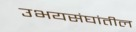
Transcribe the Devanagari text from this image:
उभयसंघांतील